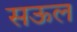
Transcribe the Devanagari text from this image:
सऊल